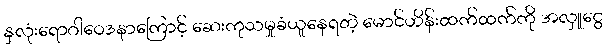
နှလုံးရောဂါဝေဒနာကြောင့် ဆေးကုသမှုခံယူနေရတဲ့ မောင်ဟိန်းထက်ထက်ကို အလှူငွေ